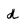
Character: d